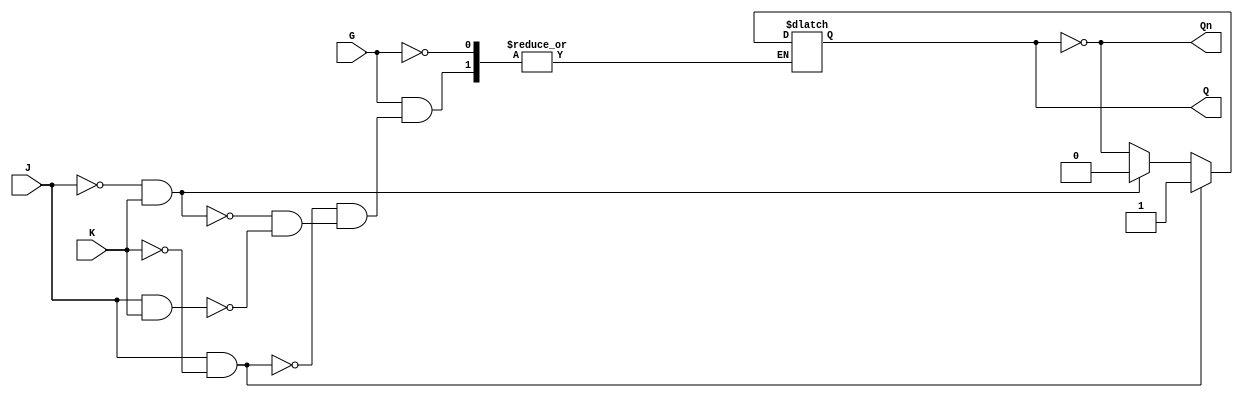
module GatedJKLatch (
    input wire J,      // Set input
    input wire K,      // Reset input
    input wire G,      // Enable input
    output reg Q,      // Output Q
    output wire Qn     // Complementary output Q'
);

// Complementary output
assign Qn = ~Q;

// Always block to implement the gated JK latch functionality
always @(G or J or K) begin
    if (G) begin
        if (J && ~K) begin
            Q <= 1'b1;  // Set
        end else if (~J && K) begin
            Q <= 1'b0;  // Reset
        end else if (J && K) begin
            Q <= ~Q;    // Toggle
        end
        // If J = 0 and K = 0, Q remains unchanged
    end
    // If G = 0, Q remains unchanged due to the nature of the always block
end

endmodule